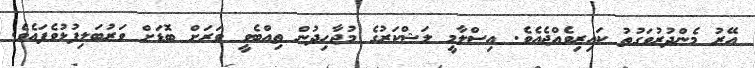
އޭރު މެންދުރުވަގުތު ކައިރިވެއްޖެއެވެ. އިސްލާމީ ލަޝްކަރުގެ މުޖާހިދުން ތިއްބެވީ ވަރަށް ބޮޑަށް ވަރުބަލިފުޅުވެފައެވެ.